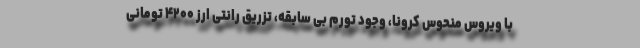
با ویروس منحوس کرونا، وجود تورم بی سابقه، تزریق رانتی ارز ۴۲۰۰ تومانی